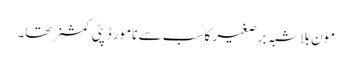
مون بلاشبہ برصغیر کا سب سے نامور ڈپٹی کمشنر تھا۔